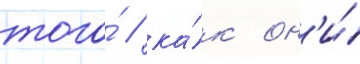
того́ / ка́к он'и́